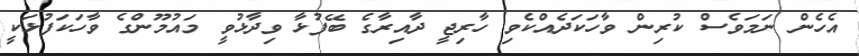
އެހެން ނަމަވެސް ކުރިން ވާހަކަދެއްކެވި ހާރިޖީ ދާއިރާގެ ބޭފުޅާ ވިދާޅުވީ މައުމޫންގެ ވާހަކަފުޅަކީ